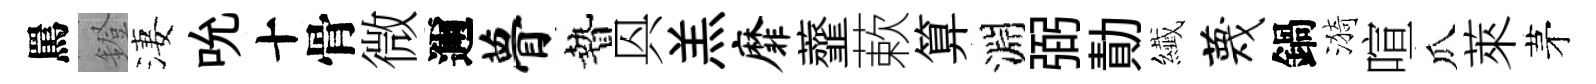
罵鐙淒吮十骨微邇瞢贄㒷羔靡虀蔌算淵弼勣纎蔑鍋漪喧瓜萊茅